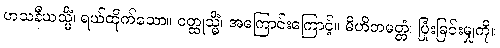
ဟသနီယသ္မိံ၊ ရယ်ထိုက်သော။ ဝတ္ထုသ္မိံ၊ အကြောင်းကြောင့်။ မိဟိတမတ္တံ၊ ပြုံးခြင်းမျှကို။